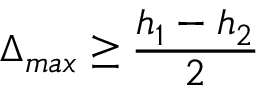
\Delta _ { m a x } \geq \frac { h _ { 1 } - h _ { 2 } } { 2 }